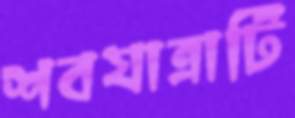
শবযাত্রাটি